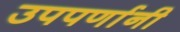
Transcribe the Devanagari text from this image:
उपपर्णानी